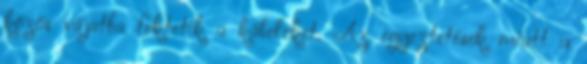
közös vájatba fektetik a kábeleket. Az egyeztetések miatt a